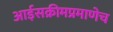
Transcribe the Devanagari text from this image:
आईसक्रीमप्रमाणेच